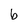
Character: b